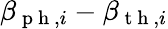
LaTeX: \beta_{\mathrm{~p~h~},i}-\beta_{\mathrm{~t~h~},i}